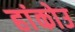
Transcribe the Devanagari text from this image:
हांकोउ